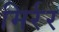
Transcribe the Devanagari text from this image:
मिर्रर